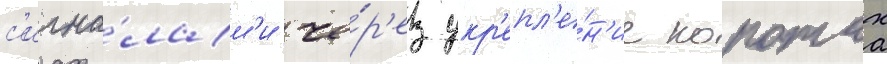
с'игна́лам'и че́р'ез укр'епл'е́н'ие коротах